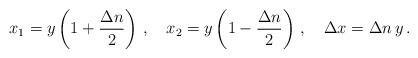
LaTeX: \begin{align*} x_1=y\left(1+\frac{\Delta n}{2}\right)\,,\quad x_2=y\left(1-\frac{\Delta n}{2}\right)\,,\quad \Delta x=\Delta n\,y\,.\end{align*}